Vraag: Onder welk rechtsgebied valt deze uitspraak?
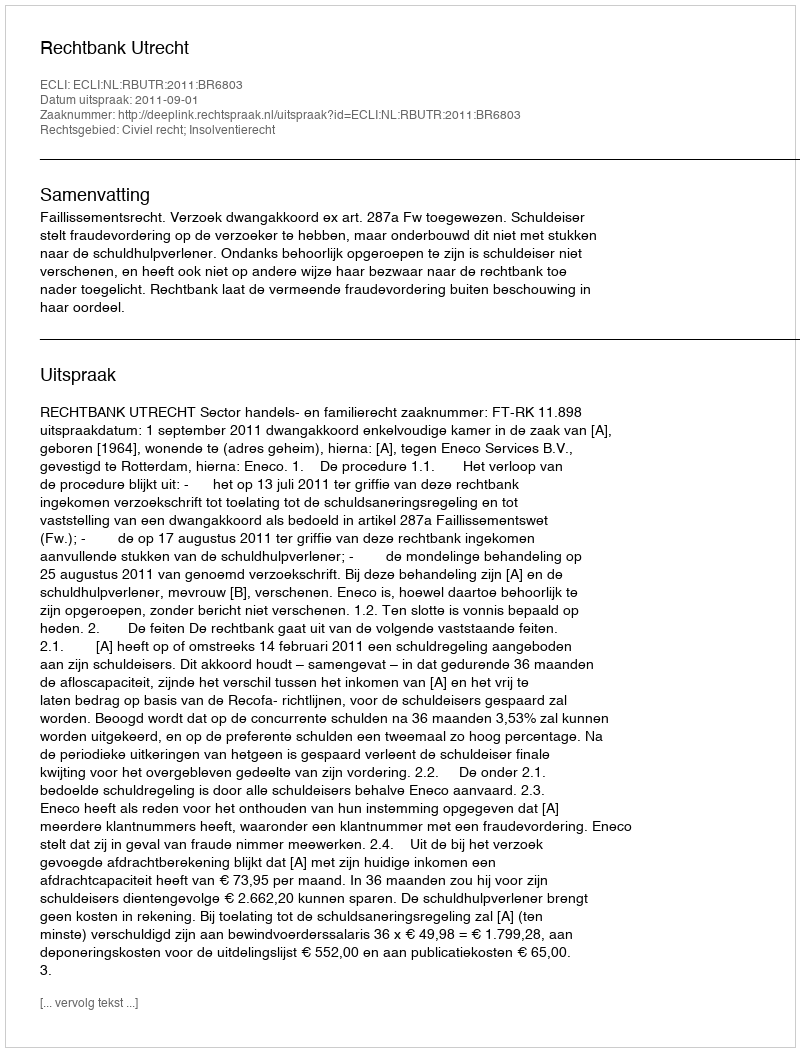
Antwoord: Civiel recht; Insolventierecht